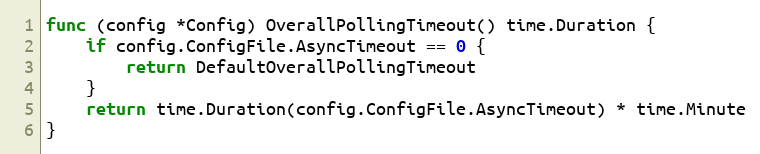
Language: Go
func (config *Config) OverallPollingTimeout() time.Duration {
	if config.ConfigFile.AsyncTimeout == 0 {
		return DefaultOverallPollingTimeout
	}
	return time.Duration(config.ConfigFile.AsyncTimeout) * time.Minute
}